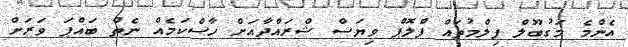
އެންމެ މަގުބޫލް ފިލްމުތައް ފްލޮޕް ވިޔަސް ޝްރައްދާއަށް ހާސްކަމެއް ނެތް ބައްޕަ ވަރަށް